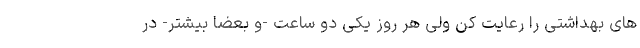
های بهداشتی را رعایت کن ولی هر روز یکی دو ساعت -و بعضاً بیشتر- در